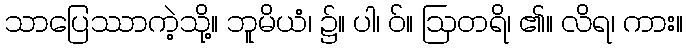
သာပြေဿာကဲ့သို့။ ဘူမိယံ၊ ၌။ ပါ၊ ဝ်။ ဩတရိ၊ ၏။ လိရ၊ ကား။